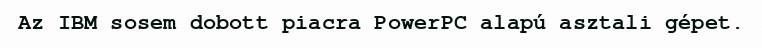
Az IBM sosem dobott piacra PowerPC alapú asztali gépet.